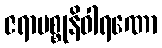
ဇရာမစ္စုနိဝါရဏော